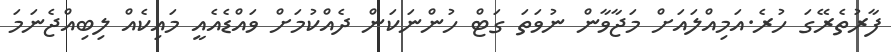
ފާރުތެރޭގަ ހުރެ.އަމިއްލައަށް މަޖާވާން ނުވަތަ ގަޓް ހުންނަކަން ދެއްކުމަށް ވައްޑެއެއީ މައިކެއް ލިބިއްޖެނަމަ